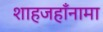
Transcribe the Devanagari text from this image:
शाहजहाँनामा